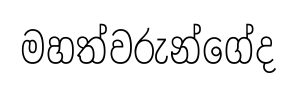
මහත්වරුන්ගේද